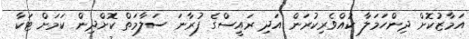
އަމާޒުކޮށް ދިންހަމަލާ ކުއްވެރިކުރަން އަދި ރައީސްގެ ފުރާނަ ސަލާމަތް ކޮށްދިން ކަމަށް ޓަކާ